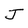
Character: J